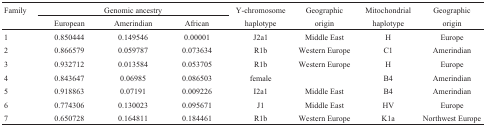
<table><thead><tr><td rowspan="2"><b>Family</b></td><td colspan="3"><b>Genomic ancestry</b></td><td rowspan="2"><b>Y-chromosomehaplotype</b></td><td rowspan="2"><b>Geographicorigin</b></td><td rowspan="2"><b>Mitochondrialhaplotype</b></td><td rowspan="2"><b>Geographicorigin</b></td></tr><tr><td><b>European</b></td><td><b>Amerindian</b></td><td><b>African</b></td></tr></thead><tbody><tr><td>1</td><td>0.850444</td><td>0.149546</td><td>0.00001</td><td>J2a1</td><td>Middle East</td><td>H</td><td>Europe</td></tr><tr><td>2</td><td>0.866579</td><td>0.059787</td><td>0.073634</td><td>R1b</td><td>Western Europe</td><td>C1</td><td>Amerindian</td></tr><tr><td>3</td><td>0.932712</td><td>0.013584</td><td>0.053705</td><td>R1b</td><td>Western Europe</td><td>H</td><td>Europe</td></tr><tr><td>4</td><td>0.843647</td><td>0.06985</td><td>0.086503</td><td>female</td><td></td><td>B4</td><td>Amerindian</td></tr><tr><td>5</td><td>0.918863</td><td>0.07191</td><td>0.009226</td><td>I2a1</td><td>Middle East</td><td>B4</td><td>Amerindian</td></tr><tr><td>6</td><td>0.774306</td><td>0.130023</td><td>0.095671</td><td>J1</td><td>Middle East</td><td>HV</td><td>Europe</td></tr><tr><td>7</td><td>0.650728</td><td>0.164811</td><td>0.184461</td><td>R1b</td><td>Western Europe</td><td>K1a</td><td>Northwest Europe</td></tr></tbody></table>